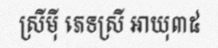
ស្រីម៉ី ភេទស្រី អាយុ៣៥